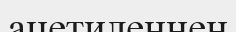
ацетиленнен